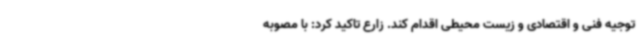
توجیه فنی و اقتصادی و زیست محیطی اقدام کند. زارع تاکید کرد: با مصوبه